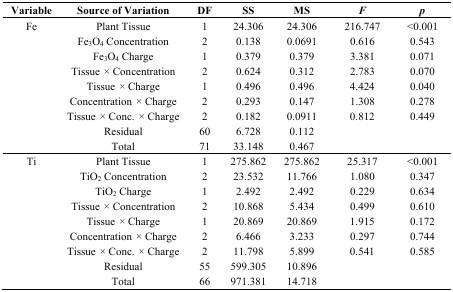
<table><thead><tr><td><b>Variable</b></td><td><b>Source of Variation </b></td><td><b>DF</b></td><td><b>SS</b></td><td><b>MS</b></td><td><b><i>F</i></b></td><td><b><i>p</i></b></td></tr></thead><tbody><tr><td>Fe</td><td>Plant Tissue</td><td>1</td><td>24.306</td><td>24.306</td><td>216.747</td><td>&lt;0.001</td></tr><tr><td></td><td>Fe<sub>3</sub>O<sub>4</sub> Concentration</td><td>2</td><td>0.138</td><td>0.0691</td><td>0.616</td><td>0.543</td></tr><tr><td></td><td>Fe<sub>3</sub>O<sub>4</sub> Charge</td><td>1</td><td>0.379</td><td>0.379</td><td>3.381</td><td>0.071</td></tr><tr><td></td><td>Tissue <i>×</i> Concentration</td><td>2</td><td>0.624</td><td>0.312</td><td>2.783</td><td>0.070</td></tr><tr><td></td><td>Tissue <i>×</i> Charge</td><td>1</td><td>0.496</td><td>0.496</td><td>4.424</td><td>0.040</td></tr><tr><td></td><td>Concentration <i>×</i> Charge</td><td>2</td><td>0.293</td><td>0.147</td><td>1.308</td><td>0.278</td></tr><tr><td></td><td>Tissue <i>×</i> Conc. <i>×</i> Charge</td><td>2</td><td>0.182</td><td>0.0911</td><td>0.812</td><td>0.449</td></tr><tr><td></td><td>Residual</td><td>60</td><td>6.728</td><td>0.112</td><td></td><td></td></tr><tr><td></td><td>Total</td><td>71</td><td>33.148</td><td>0.467</td><td></td><td></td></tr><tr><td>Ti</td><td>Plant Tissue</td><td>1</td><td>275.862</td><td>275.862</td><td>25.317</td><td>&lt;0.001</td></tr><tr><td></td><td>TiO<sub>2</sub> Concentration</td><td>2</td><td>23.532</td><td>11.766</td><td>1.080</td><td>0.347</td></tr><tr><td></td><td>TiO<sub>2</sub> Charge</td><td>1</td><td>2.492</td><td>2.492</td><td>0.229</td><td>0.634</td></tr><tr><td></td><td>Tissue <i>×</i> Concentration</td><td>2</td><td>10.868</td><td>5.434</td><td>0.499</td><td>0.610</td></tr><tr><td></td><td>Tissue <i>×</i> Charge</td><td>1</td><td>20.869</td><td>20.869</td><td>1.915</td><td>0.172</td></tr><tr><td></td><td>Concentration <i>×</i> Charge</td><td>2</td><td>6.466</td><td>3.233</td><td>0.297</td><td>0.744</td></tr><tr><td></td><td>Tissue <i>×</i> Conc. <i>×</i> Charge</td><td>2</td><td>11.798</td><td>5.899</td><td>0.541</td><td>0.585</td></tr><tr><td></td><td>Residual</td><td>55</td><td>599.305</td><td>10.896</td><td></td><td></td></tr><tr><td></td><td>Total</td><td>66</td><td>971.381</td><td>14.718</td><td></td><td></td></tr></tbody></table>